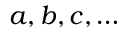
a , b , c , \ldots